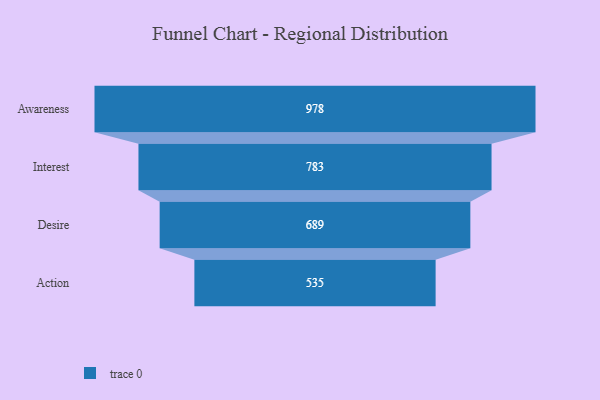
{"axis": {"x": "Stage", "y": "Value"}, "legend": [""], "data": [{"x": "Awareness", "y": 978.0, "type": ""}, {"x": "Interest", "y": 783.0, "type": ""}, {"x": "Desire", "y": 689.0, "type": ""}, {"x": "Action", "y": 535.0, "type": ""}]}